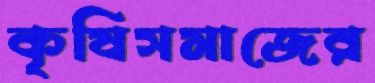
কৃষিসমাজের